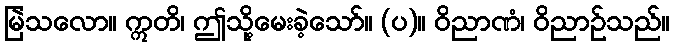
မြဲသလော။ ဣတိ၊ ဤသို့မေးခဲ့သော်။ (ပ)။ ဝိညာဏံ၊ ဝိညာဉ်သည်။